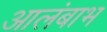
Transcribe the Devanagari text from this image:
आलंबाभ